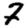
Digit: 7